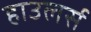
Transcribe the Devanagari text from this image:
हाउलर्स